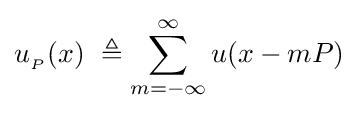
u_{_{P}}(x)\ \triangleq \sum _{m=-\infty }^{\infty }u(x-mP)